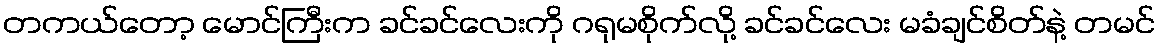
တကယ်တော့ မောင်ကြီးက ခင်ခင်လေးကို ဂရုမစိုက်လို့ ခင်ခင်လေး မခံချင်စိတ်နဲ့ တမင်